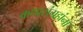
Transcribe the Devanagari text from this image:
कथासंग्रहांना